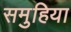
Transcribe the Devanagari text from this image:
समुहिया